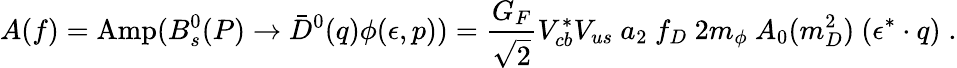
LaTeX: A(f)=\mathrm{Amp}(B_{s}^{0}(P)\to\bar{D}^{0}(q)\phi(\epsilon,p))=\frac{G_{F}}{\sqrt 2}V_{cb}^{*}V_{us}~a_{2}~f_{D}~2m_{\phi}~A_{0}(m_{D}^{2})~(\epsilon^{*}\cdot q)\; .